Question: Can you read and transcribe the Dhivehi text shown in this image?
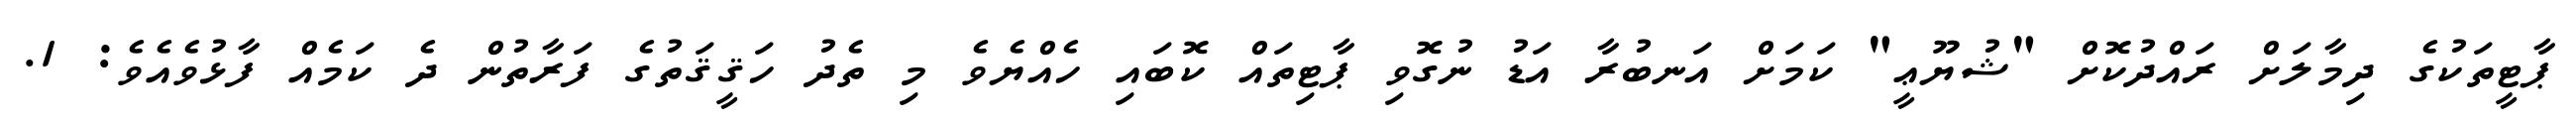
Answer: ޕާޓީތަކުގެ ދިމާލަށް ރައްދުކޮށް "ޝުޔޫޢީ" ކަމަށް އަނބުރާ އަޑު ނުގޮވި ޕާޓިތައް ކޮބައި ހެއްޔެވެ މި ތެދު ހަޤީޤަތުގެ ފަރާތުން ދެ ކަމެއް ފާޅުވެއެވެ: 1.